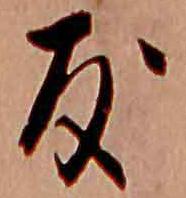
友